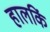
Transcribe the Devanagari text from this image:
हालकिं